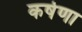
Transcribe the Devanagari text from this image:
कर्षणा